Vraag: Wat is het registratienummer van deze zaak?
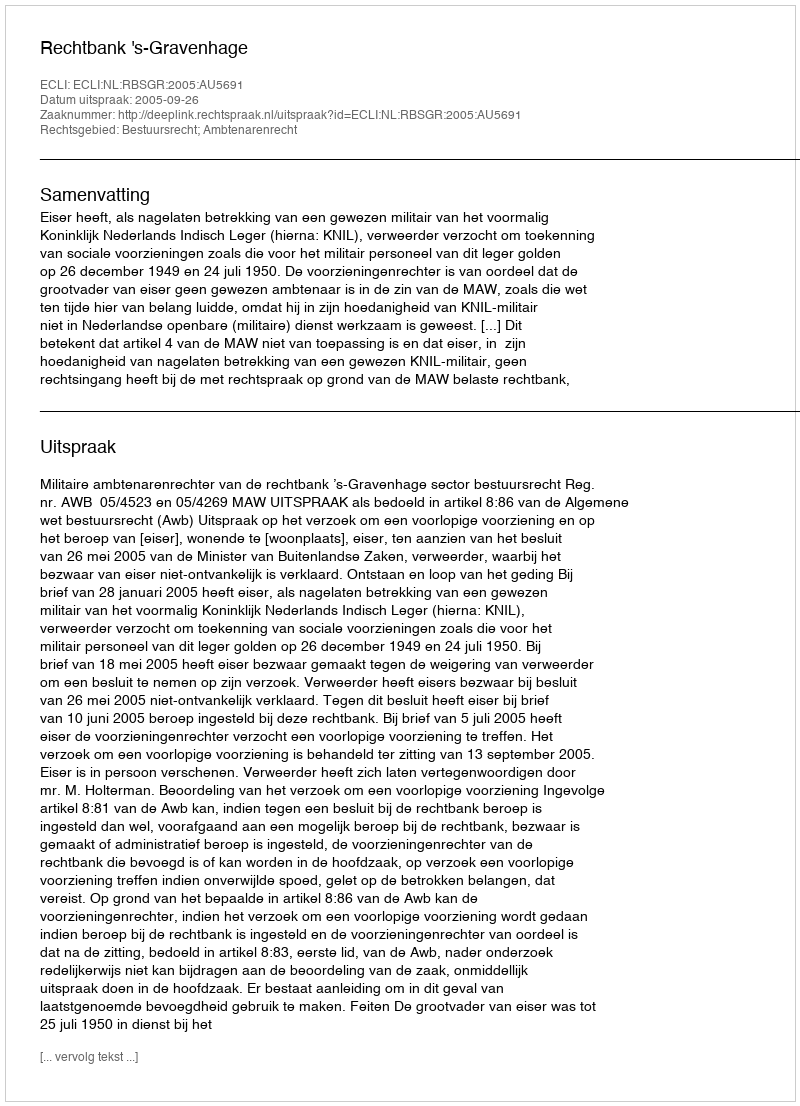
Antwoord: http://deeplink.rechtspraak.nl/uitspraak?id=ECLI:NL:RBSGR:2005:AU5691